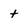
Character: t